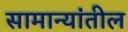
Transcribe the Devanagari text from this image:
सामान्यांतील